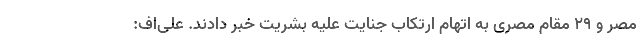
مصر و ۲۹ مقام مصری به اتهام ارتکاب جنایت علیه بشریت خبر دادند. علی‌اف: